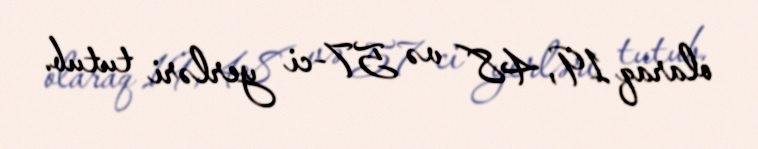
olaraq 19, 48 və 57-ci yerləri tutub.